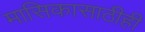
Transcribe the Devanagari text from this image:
मासिकासाठीही